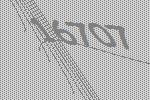
16707